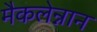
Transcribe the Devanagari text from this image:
मैकलेन्नान